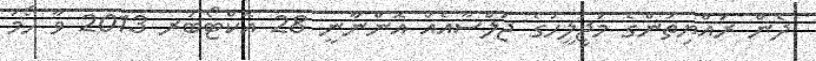
ދެން ރައްޔިތުންގެ މަޖިލީހުގެ ޖަލްސާއެއް އޮންނާނީ 28 އޮކްޓޯބަރ 2013 ވާ ހޯމަ